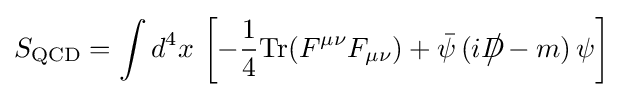
S_{\text{QCD}}=\int d^{4}x\,\left[-{\frac {1}{4}}{\text{Tr}}(F^{\mu \nu }F_{\mu \nu })+{\bar {\psi }}\,(iD\!\!\!\!{\big /}-m)\,\psi \right]